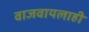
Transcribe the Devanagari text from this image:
वाजवायलाही